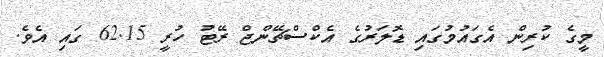
މީގެ ކުރިން އެގައުމުގައި ޑޮލަރުގެ އެކްސްޗޭންޖް ރޭޓު ހުރީ 62.15 ގައި އެވެ.